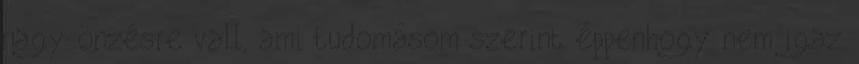
nagy önzésre vall, ami tudomásom szerint éppenhogy nem igaz